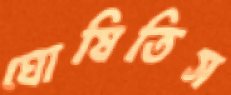
ঘোষিতিস